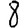
Digit: 8